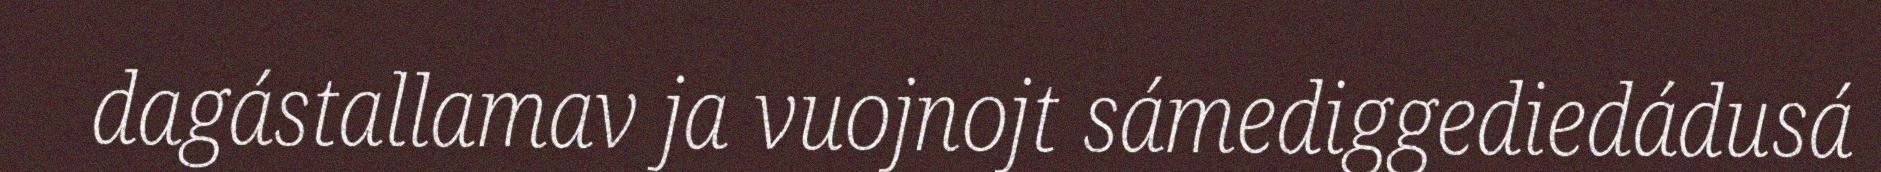
dagástallamav ja vuojnojt sámediggediedádusá